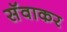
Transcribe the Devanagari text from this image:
सॅवाकर